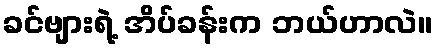
ခင်ဗျားရဲ့ အိပ်ခန်းက ဘယ်ဟာလဲ။